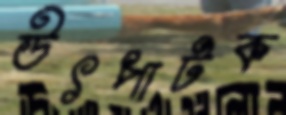
উৎপাটক